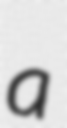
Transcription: a